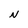
Character: N